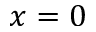
x = 0